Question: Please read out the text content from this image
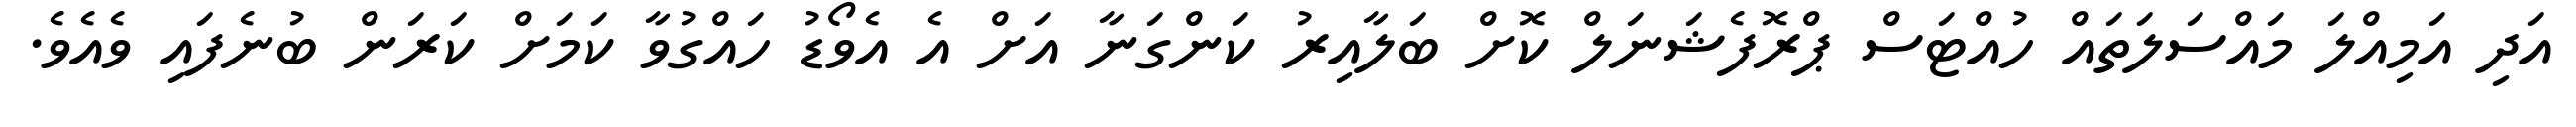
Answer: އަދި އަމިއްލަ މައްސަލަތައް ހުއްޓަސް ޕްރޮފެޝަނަލް ކޮށް ބަލާއިރު ކަންގަނާ އަށް އެ އެވޯޑު ހައްގުވާ ކަމަށް ކަރަން ބުނެފައި ވެއެވެ.